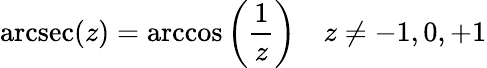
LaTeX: \operatorname{arcsec}(z)=\operatorname{arccos}\left({\frac{1}{z}}\right)\quad z\neq-1,0,+1